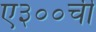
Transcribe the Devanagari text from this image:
ए३००ची